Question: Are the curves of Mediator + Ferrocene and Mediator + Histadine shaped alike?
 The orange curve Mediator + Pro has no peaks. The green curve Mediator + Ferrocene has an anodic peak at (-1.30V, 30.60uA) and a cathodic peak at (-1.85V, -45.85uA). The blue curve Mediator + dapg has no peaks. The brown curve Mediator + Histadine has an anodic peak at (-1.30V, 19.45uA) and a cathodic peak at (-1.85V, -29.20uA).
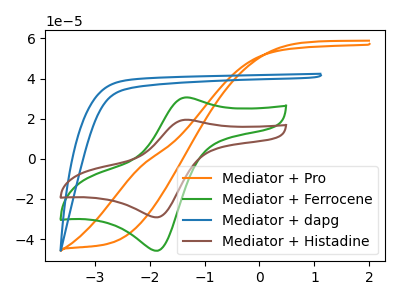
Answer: <think>All the peaks in "Mediator + Ferrocene" have a peak in "Mediator + Histadine" at the same potential. Every peak in "Mediator + Ferrocene" is higher than every peak in "Mediator + Histadine".
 </think>
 <answer>"Mediator + Ferrocene" and "Mediator + Histadine" are similar in shape.</answer>
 <eval>same_shape</eval>